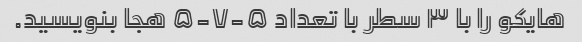
هایکو را با ۳ سطر با تعداد ۵-۷-۵ هجا بنویسید.